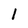
Character: 1